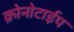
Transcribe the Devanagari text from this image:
क्रोनोटाईप